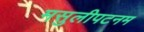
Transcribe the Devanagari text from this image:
मसुलीपटनम